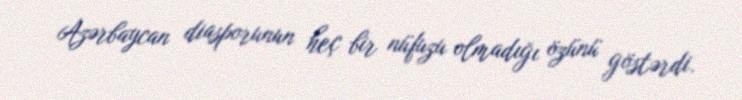
Azərbaycan diasporunun heç bir nüfuzu olmadığı özünü göstərdi.